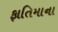
ફાતિમાના